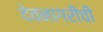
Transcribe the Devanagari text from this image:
देवनागरीची